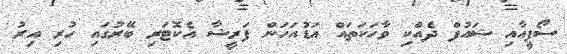
ސޯފީއާއި ޝައުފް ދެއްކި ވާހަކަތައް އަޑުއަހަން ފަރީޝާ އެކޮޓަރި ބޭރުގައި ހުރި އިރު